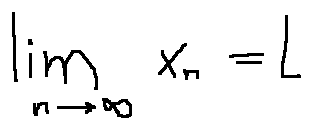
\lim \limits _ { n \rightarrow \infty } x _ { n } = L